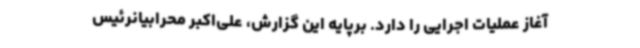
آغاز عملیات اجرایی را دارد. برپایه این گزارش، علی‌اکبر محرابیانرئیس